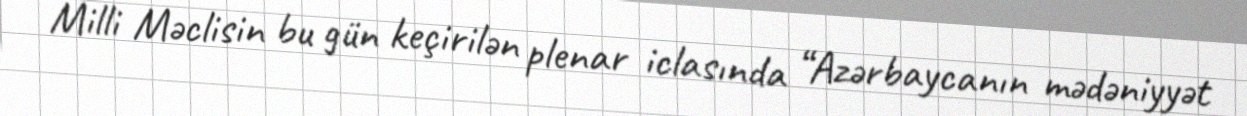
Milli Məclisin bu gün keçirilən plenar iclasında “Azərbaycanın mədəniyyət